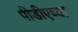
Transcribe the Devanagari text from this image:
पीडीएच्या